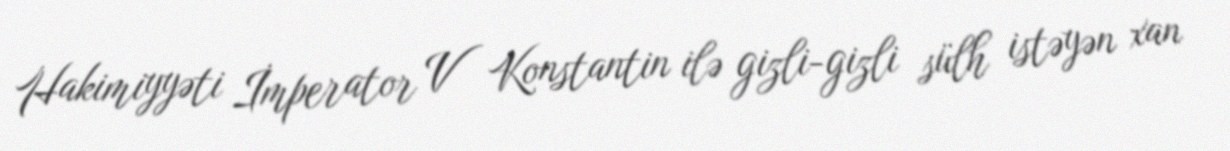
Hakimiyyəti İmperator V Konstantin ilə gizli-gizli sülh istəyən xan